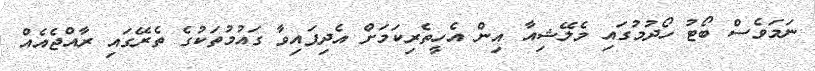
ނަމަވެސް ބޯޓު ހޯދުމުގައި މެލޭޝިއާ އިން އެހީތެރިކަމަށް އެދިފައިވާ ގައުމުތަކުގެ ތެރޭގައި ރާއްޖެއެއް